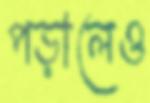
পড়ালেও